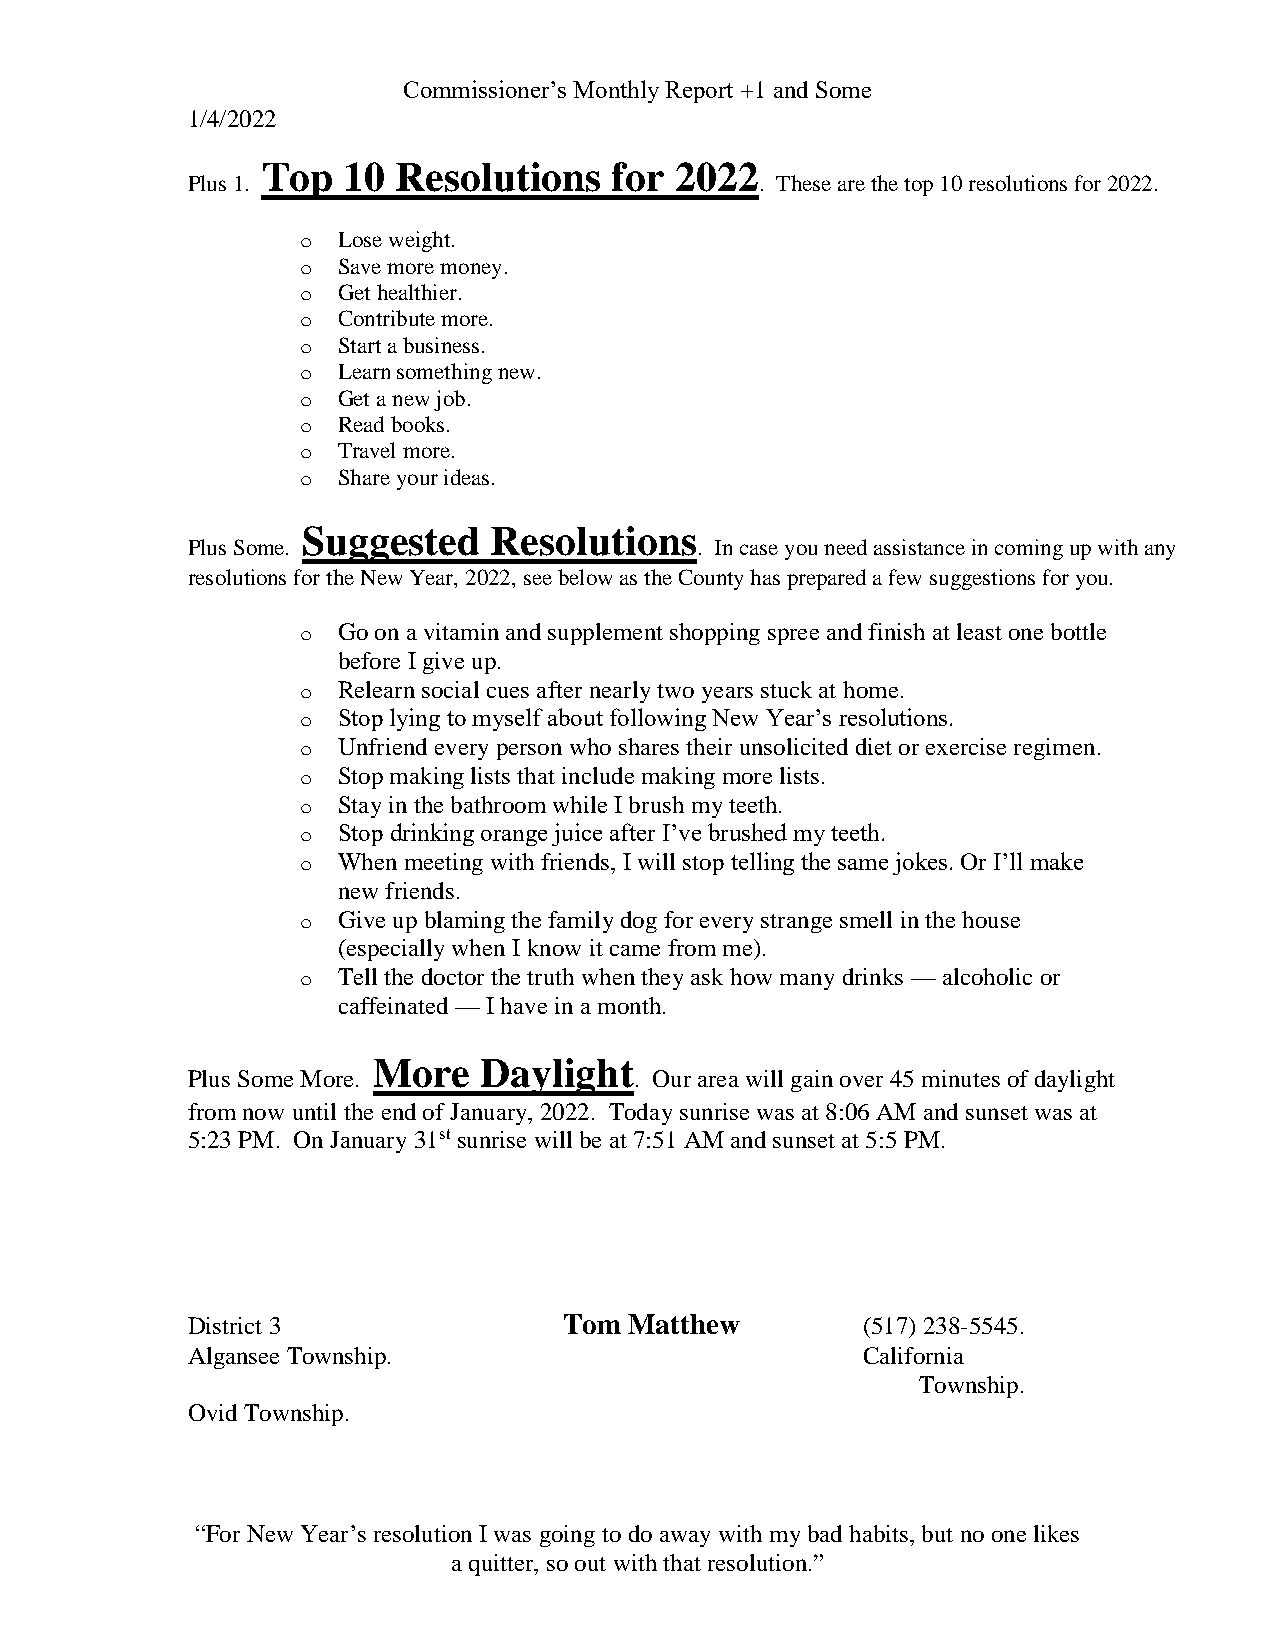
Commissioner’s Monthly Report +1 and Some
 1/4/2022
 Top   10 Resolutions    for 2022
 Plus 1.                               . These are the top 10 resolutions for 2022.
 o Lose weight.
 o Save more money.
 o Get healthier.
 o Contribute more.
 o Start a business.
 o Learn something new.
 o Get a new job.
 o Read books.
 o Travel more.
 o Share your ideas.
 Suggested    Resolutions
 Plus Some.                        . In case you need assistance in coming up with any
 resolutions for the New Year, 2022, see below as the County has prepared a few suggestions for you.
 o Go on a vitamin and supplement shopping spree and finish at least one bottle
 before I give up.
 o Relearn social cues after nearly two years stuck at home.
 o Stop lying to myself about following New Year’s resolutions.
 o Unfriend every person who shares their unsolicited diet or exercise regimen.
 o Stop making lists that include making more lists.
 o Stay in the bathroom while I brush my teeth.
 o Stop drinking orange juice after I’ve brushed my teeth.
 o When meeting with friends, I will stop telling the same jokes. Or I’ll make
 new friends.
 o Give up blaming the family dog for every strange smell in the house
 (especially when I know it came from me).
 o Tell the doctor the truth when they ask how many drinks — alcoholic or
 caffeinated — I have in a month.
 More   Daylight
 Plus Some More.               . Our area will gain over 45 minutes of daylight
 from now until the end of January, 2022. Today sunrise was at 8:06 AM and sunset was at
 5:23 PM. On January 31st sunrise will be at 7:51 AM and sunset at 5:5 PM.
 District 3               Tom  Matthew        (517) 238-5545.
 Algansee Township.                           California
 Township.
 Ovid Township.
 “For New Year’s resolution I was going to do away with my bad habits, but no one likes
 a quitter, so out with that resolution.”